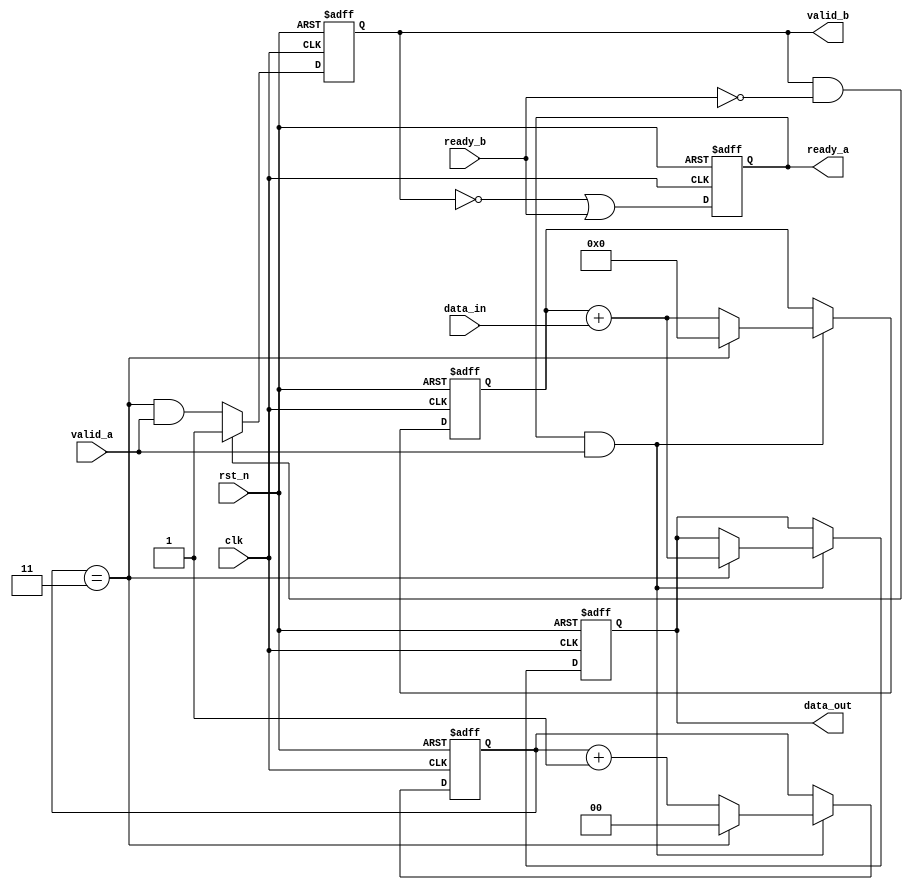
module accu (
    input               clk,
    input               rst_n,
    input       [7:0]   data_in,
    input               valid_a,
    output reg          ready_a,
    input               ready_b,
    output reg          valid_b,
    output reg  [9:0]   data_out
);

    // Internal signal to hold the accumulated value
    reg [9:0] sum;
    // Counter to track the number of received data items
    reg [1:0] data_count;

    always @(posedge clk or negedge rst_n) begin
        if (!rst_n) begin
            // Reset the internal state
            sum <= 0;
            data_count <= 0;
            data_out <= 0;
            valid_b <= 0;
            ready_a <= 0;
        end else begin
            // Manage ready/valid signals
            ready_a <= !valid_b || ready_b; // Ready if not valid or downstream is ready
            valid_b <= (data_count == 2'b11) && valid_a; // Valid if 4th data and valid input

            if (ready_a && valid_a) begin
                // Accept new data and accumulate
                sum <= sum + data_in;
                data_count <= data_count + 1;

                // Check if this is the 4th data item
                if (data_count == 2'b11) begin
                    // Output the sum
                    data_out <= sum + data_in; // Include the current data_in in the sum
                    sum <= 0; // Reset sum for next cycle
                    data_count <= 0; // Reset count for next cycle
                end
            end

            // If valid data is not taken by downstream, keep valid high
            if (valid_b && !ready_b) begin
                valid_b <= 1;
            end
        end
    end

endmodule